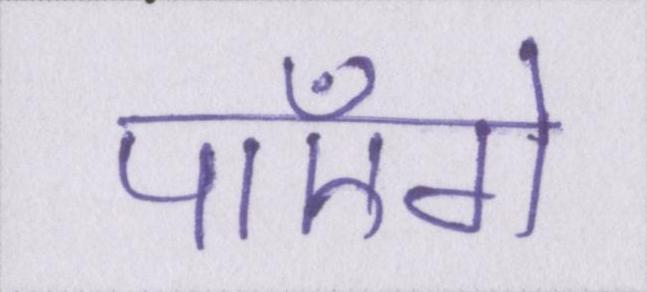
पाएँगे